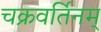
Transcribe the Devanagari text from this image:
चक्रवर्तिनम्